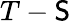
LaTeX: T-\mathsf{S}